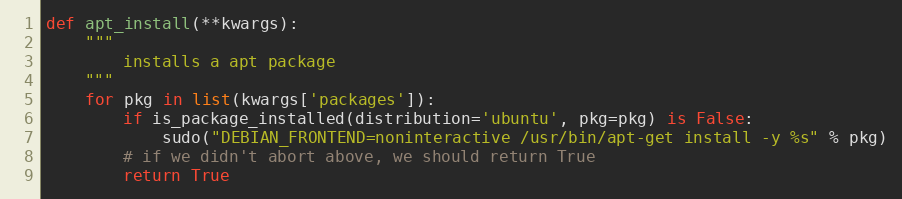
Language: Python
def apt_install(**kwargs):
    """
        installs a apt package
    """
    for pkg in list(kwargs['packages']):
        if is_package_installed(distribution='ubuntu', pkg=pkg) is False:
            sudo("DEBIAN_FRONTEND=noninteractive /usr/bin/apt-get install -y %s" % pkg)
        # if we didn't abort above, we should return True
        return True